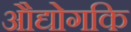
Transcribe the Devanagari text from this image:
औद्योगकि